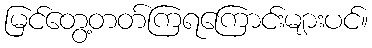
မြင်တွေ့တတ်ကြရကြောင်းများပင်။